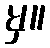
မှ။